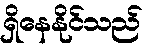
ရှိနေနိုင်သည်